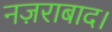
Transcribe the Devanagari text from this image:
नज़राबाद।